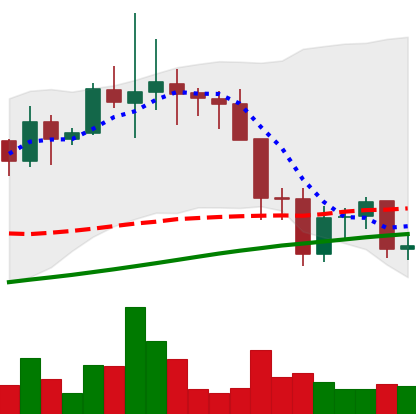
Ticker: LINK-USD
Chart end date: 2021-11-23
Forward return: -7.833%
Label: down_7plus